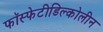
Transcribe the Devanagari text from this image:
फॉस्फेटीडिल्कोलीन